Vaccination returns of the Province of Eastern Bengal and Assam - 1905-1912
Year: 1905
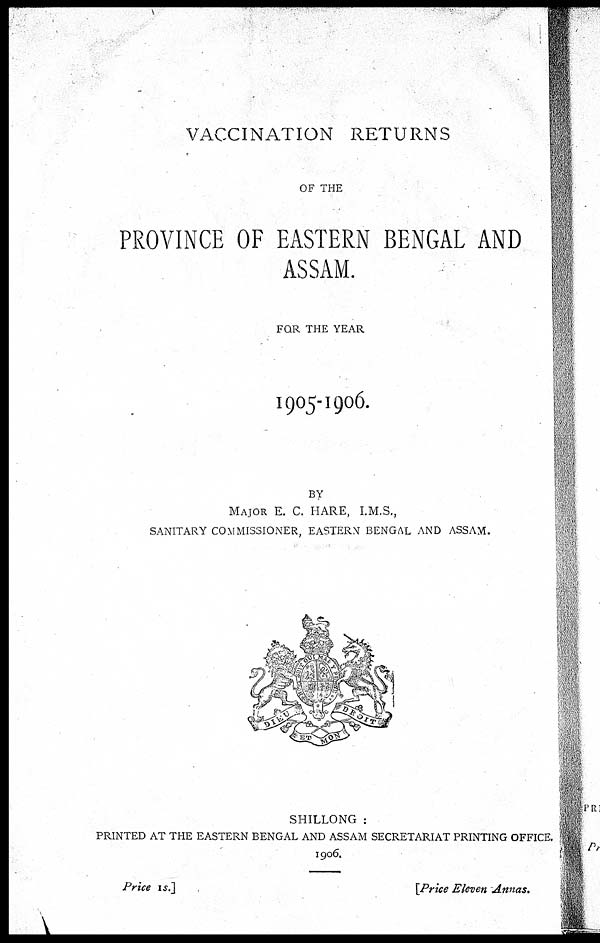
VACCINATION RETURNS
OF THE
PROVINCE OF EASTERN BENGAL AND
ASSAM.
FOR THE YEAR
1905-1906.
BY
MAJOR E. C. HARE, I.M.S.,
SANITARY COMMISSIONER, EASTERN BENGAL AND ASSAM.
SHILLONG :
PRINTED AT THE EASTERN BENGAL AND ASSAM SECRETARIAT PRINTING OFFICE.
1906.
Price 1s.]
[Price Eleven Annas.